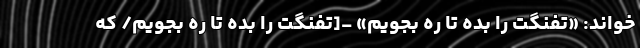
خواند: «تفنگت را بده تا رَه بجویم» -[تفنگت را بده تا ره بجویم/ که